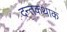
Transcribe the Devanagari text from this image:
दन्तकथाक